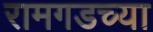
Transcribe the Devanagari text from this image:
रामगडच्या